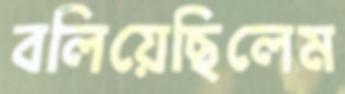
বলিয়েছিলেম